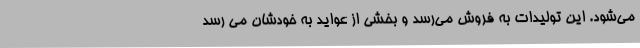
می‌شود. این تولیدات به فروش می‌رسد و بخشی از عواید به خودشان می رسد